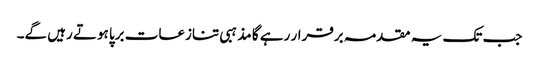
جب تک یہ مقدمہ برقرار رہے گا مذہبی تنازعات برپا ہوتے رہیں گے۔